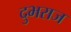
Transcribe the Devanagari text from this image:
दुभराज